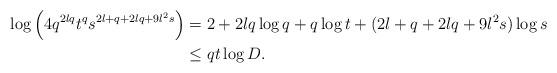
LaTeX: \begin{align*}\log \left({4q^{2lq}t^{q}s^{2l+q+2lq+9l^2s}}\right)&=2+2lq\log q+q\log t+(2l+q+2lq+9l^2s)\log s\\&\le qt\log D.\end{align*}